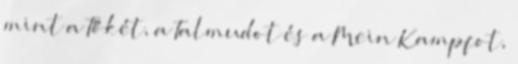
mint a Tőkét, a Talmudot és a Mein Kampfot,